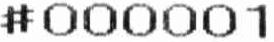
#000001